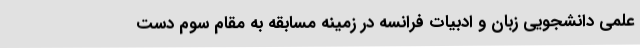
علمی دانشجویی زبان و ادبیات فرانسه در زمینه مسابقه به مقام سوم دست